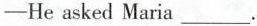
—He asked Maria ___.